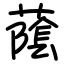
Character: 䕃